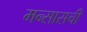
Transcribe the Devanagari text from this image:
मन्सासची